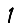
Digit: 1